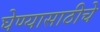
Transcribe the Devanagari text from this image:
घेण्यासाठीचे